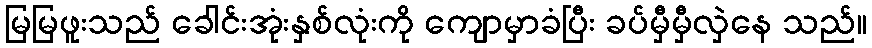
မြမြဖူးသည် ခေါင်းအုံးနှစ်လုံးကို ကျောမှာခံပြီး ခပ်မှီမှီလှဲနေ သည်။